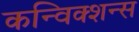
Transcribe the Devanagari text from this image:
कन्विक्शन्स